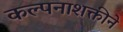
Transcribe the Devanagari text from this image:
कल्पनाशक्तीने